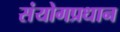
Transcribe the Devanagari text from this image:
संयोगप्रधान